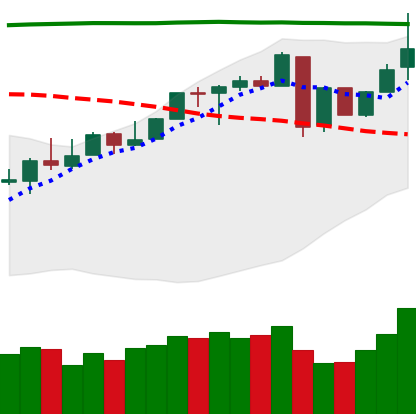
Ticker: LINK-USD
Chart end date: 2018-04-30
Forward return: 4.928%
Label: up_3_5